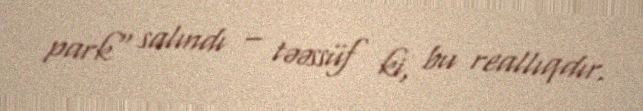
park" salındı – təəssüf ki, bu reallıqdır.